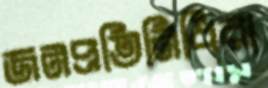
জনপ্রতিনিধিরা